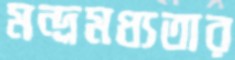
মন্দ্রমধ্যতার